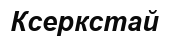
Ксеркстай